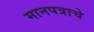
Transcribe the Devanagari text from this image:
मानपत्राचे